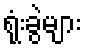
ရုံးခွဲများ